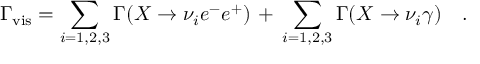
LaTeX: \Gamma _ { \mathrm { v i s } } = \sum _ { i = 1 , 2 , 3 } \Gamma ( X \rightarrow \nu _ { i } e ^ { - } e ^ { + } ) \, + \, \sum _ { i = 1 , 2 , 3 } \Gamma ( X \rightarrow \nu _ { i } \gamma ) \ \ \ .